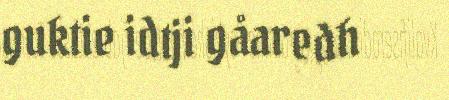
guktie idtji gåaredh